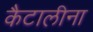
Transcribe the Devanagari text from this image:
कैटालीना